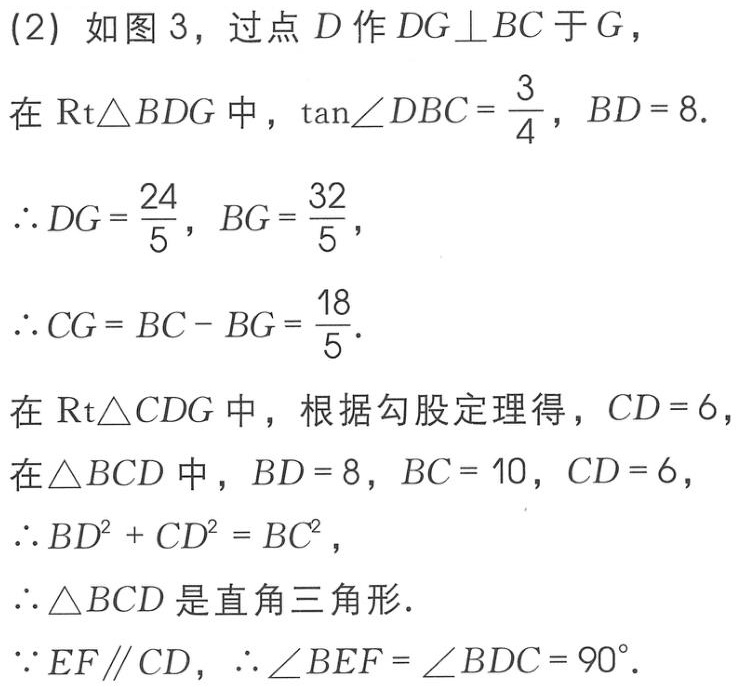
(2) 如图 3，过点 \(D\) 作 \(DG\perp BC\) 于 \(G\)，
在 \(\text{Rt}\triangle BDG\) 中，\(\tan\angle DBC = \frac{3}{4}\)，\(BD = 8\).
\(\therefore DG=\frac{24}{5}\)，\(BG=\frac{32}{5}\)，
\(\therefore CG = BC - BG=\frac{18}{5}\).
在 \(\text{Rt}\triangle CDG\) 中，根据勾股定理得，\(CD = 6\)，
在 \(\triangle BCD\) 中，\(BD = 8\)，\(BC = 10\)，\(CD = 6\)，
\(\therefore BD^{2}+CD^{2}=BC^{2}\)，
\(\therefore \triangle BCD\) 是直角三角形.
\(\because EF\parallel CD\)，\(\therefore \angle BEF=\angle BDC = 90^{\circ}\).